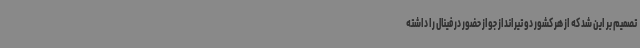
تصمیم بر این شد که از هر کشور دو تیرانداز جواز حضور در فینال را داشته